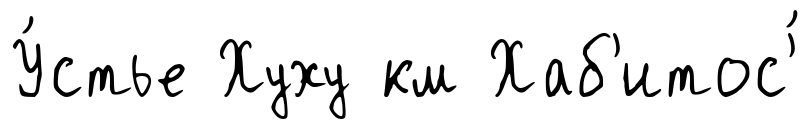
У́стье Хуху км Хаб'итос'́